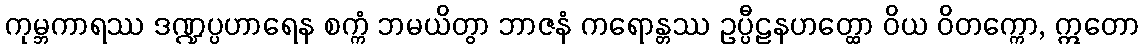
ကုမ္ဘကာရဿ ဒဏ္ဍပ္ပဟာရေန စက္ကံ ဘမယိတွာ ဘာဇနံ ကရောန္တဿ ဥပ္ပီဠနဟတ္ထော ဝိယ ဝိတက္ကော, ဣတော